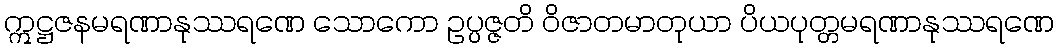
ဣဋ္ဌဇနမရဏာနုဿရဏေ သောကော ဥပ္ပဇ္ဇတိ ဝိဇာတမာတုယာ ပိယပုတ္တမရဏာနုဿရဏေ